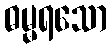
ဓမ္မရသော